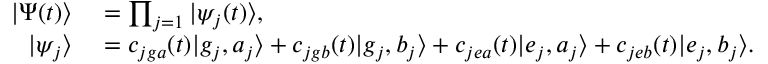
\begin{array} { r l } { | \Psi ( t ) \rangle } & { { } = \prod _ { j = 1 } | \psi _ { j } ( t ) \rangle , } \\ { | \psi _ { j } \rangle } & { { } = c _ { j g a } ( t ) | g _ { j } , a _ { j } \rangle + c _ { j g b } ( t ) | g _ { j } , b _ { j } \rangle + c _ { j e a } ( t ) | e _ { j } , a _ { j } \rangle + c _ { j e b } ( t ) | e _ { j } , b _ { j } \rangle . } \end{array}